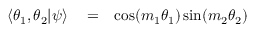
\begin{array} { r l r } { \langle \theta _ { 1 } , \theta _ { 2 } | \psi \rangle } & { { } = } & { \cos ( m _ { 1 } \theta _ { 1 } ) \sin ( m _ { 2 } \theta _ { 2 } ) } \end{array}